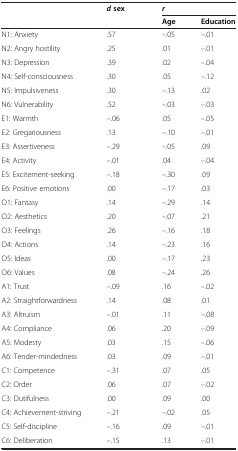
| <ROWSPAN=2>  | <ROWSPAN=2> dsex | <COLSPAN=2> r |
 | Age | Education |
 | --- | --- | --- | --- |
 | N1: Anxiety | .57 | –.05 | –.01 |
 | N2: Angry hostility | .25 | .01 | –.01 |
 | N3: Depression | .39 | .02 | –.04 |
 | N4: Self-consciousness | .30 | .05 | –.12 |
 | N5: Impulsiveness | .30 | –.13 | .02 |
 | N6: Vulnerability | .52 | –.03 | –.03 |
 | E1: Warmth | –.06 | .05 | –.05 |
 | E2: Gregariousness | .13 | –.10 | –.01 |
 | E3: Assertiveness | –.29 | –.05 | .09 |
 | E4: Activity | –.01 | .04 | –.04 |
 | E5: Excitement-seeking | –.18 | –.30 | .09 |
 | E6: Positive emotions | .00 | –.17 | .03 |
 | O1: Fantasy | .14 | –.29 | .14 |
 | O2: Aesthetics | .20 | –.07 | .21 |
 | O3: Feelings | .26 | –.16 | .18 |
 | O4: Actions | .14 | –.23 | .16 |
 | O5: Ideas | .00 | –.17 | .23 |
 | O6: Values | .08 | –.24 | .26 |
 | A1: Trust | –.09 | .16 | –.02 |
 | A2: Straightforwardness | .14 | .08 | .01 |
 | A3: Altruism | –.01 | .11 | –.08 |
 | A4: Compliance | .06 | .20 | –.09 |
 | A5: Modesty | .03 | .15 | –.06 |
 | A6: Tender-mindedness | .03 | .09 | –.01 |
 | C1: Competence | –.31 | .07 | .05 |
 | C2: Order | .06 | .07 | –.02 |
 | C3: Dutifulness | .00 | .09 | .00 |
 | C4: Achievement-striving | –.21 | –.02 | .05 |
 | C5: Self-discipline | –.16 | .09 | –.01 |
 | C6: Deliberation | –.15 | .13 | –.01 |